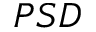
P S D